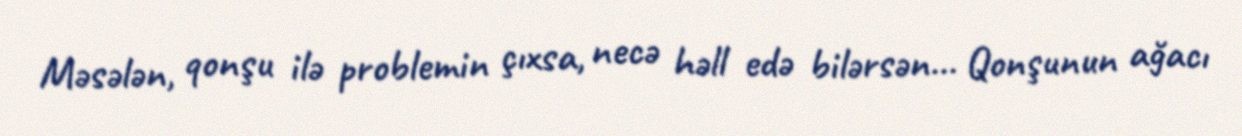
Məsələn, qonşu ilə problemin çıxsa, necə həll edə bilərsən... Qonşunun ağacı